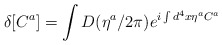
\begin{align*}\delta [C^a]=\int D(\eta ^a/2\pi )e^{i\int d^4x\eta ^aC^a}\end{align*}